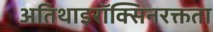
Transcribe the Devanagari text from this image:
अतिथाइरॉक्सिनरक्तता